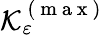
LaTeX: \mathcal{K}_{\varepsilon}^{\mathrm{~(~m~a~x~)~}}